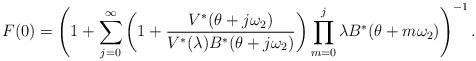
LaTeX: \begin{align*}F(0) = \left( 1+ \sum_{j=0}^{\infty}\left( 1 + \dfrac{ V^{*}(\theta + j\omega_2)}{V^{*}(\lambda) B^{*}(\theta+j\omega_2)} \right)\prod_{m=0}^{j}\lambda B^{*}(\theta + m\omega_2) \right)^{-1}.\end{align*}